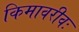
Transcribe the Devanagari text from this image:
किमावरीवः